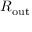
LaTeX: R _ { \mathrm { o u t } }